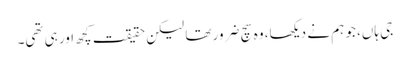
جی ہاں، جو ہم نے دیکھا، وہ سچ ضرور تھا لیکن حقیقت کچھ اور ہی تھی۔